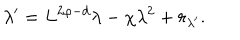
\lambda ^ { \prime } = L ^ { 2 \varphi - d } \lambda - \chi \lambda ^ { 2 } + r _ { \lambda ^ { \prime } } .